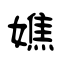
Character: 嫶